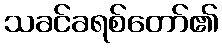
သခင်ခရစ်တော်၏